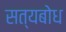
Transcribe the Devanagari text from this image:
सत्यबोध